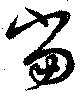
當